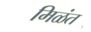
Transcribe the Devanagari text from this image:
मिळंत